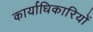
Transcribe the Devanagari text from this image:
कार्याधिकारियों